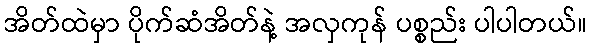
အိတ်ထဲမှာ ပိုက်ဆံအိတ်နဲ့ အလှကုန် ပစ္စည်း ပါပါတယ်။